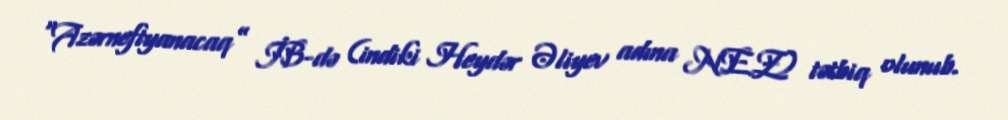
“Azərneftyanacaq” İB-də (indiki Heydər Əliyev adına NEZ) tətbiq olunub.